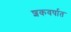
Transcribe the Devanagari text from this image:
शकवर्षात